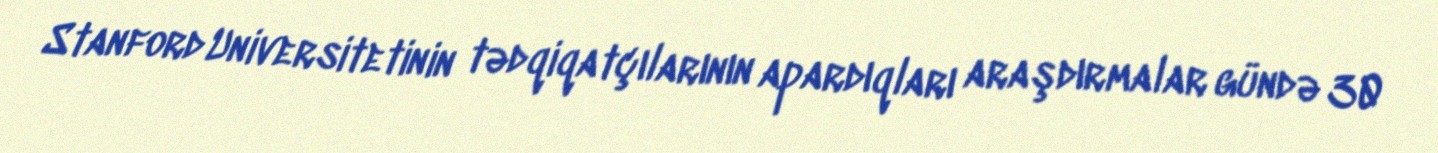
Stanford Universitetinin tədqiqatçılarının apardıqları araşdırmalar gündə 30